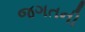
જગતની